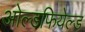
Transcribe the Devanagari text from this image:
ओल्डफियेल्ड